Scientific memoirs by medical officers of the Army of India - Part IX,
Year: 1895
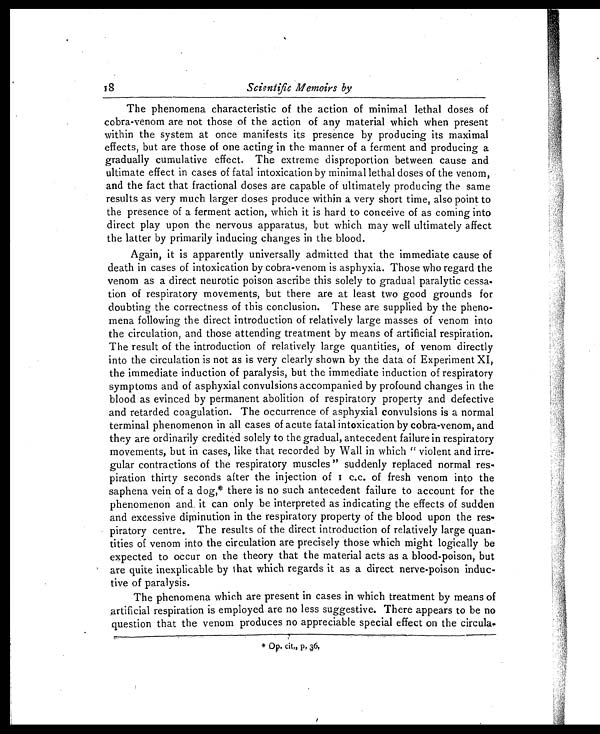
Scientific Memoirs by
The phenomena characteristic of the action of minimal lethal doses of
cobra-venom are not those of the action of any material which when present
within the system at once manifests its presence by producing its maximal
effects, but are those of one acting in the manner of a ferment and producing a
gradually cumulative effect. The extreme disproportion between cause and
ultimate effect in cases of fatal intoxication by minimal lethal doses of the venom,
and the fact that fractional doses are capable of ultimately producing the same
results as very much larger doses produce within a very short time, also point to
the presence of a ferment action, which it is hard to conceive of as coming into
direct play upon the nervous apparatus, but which may well ultimately affect
the latter by primarily inducing changes in the blood.
Again, it is apparently universally admitted that the immediate cause of
death in cases of intoxication by cobra-venom is asphyxia. Those who regard the
venom as a direct neurotic poison ascribe this solely to gradual paralytic cessa
-tion of respiratory movements, but there are at least two good grounds for
doubting the correctness of this conclusion. These are supplied by the pheno
-mena following the direct introduction of relatively large masses of venom into
the circulation, and those attending treatment by means of artificial respiration.
The result of the introduction of relatively large quantities, of venom directly
into the circulation is not as is very clearly shown by the data of Experiment XI,
the immediate induction of paralysis, but the immediate induction of respiratory
symptoms and of asphyxial convulsions accompanied by profound changes in the
blood as evinced by permanent abolition of respiratory property and defective
and retarded coagulation. The occurrence of asphyxial convulsions is a normal
terminal phenomenon in all cases of acute fatal intoxication by cobra-venom, and
they are ordinarily credited solely to the gradual, antecedent failure in respiratory
movements, but in cases, like that recorded by Wall in which " violent and irre
-gular contractions of the respiratory muscles " suddenly replaced normal res
-piration thirty seconds after the injection of 1 c.c. of fresh venom into the
saphena vein of a dog,
*
there is no such antecedent failure to account for the
phenomenon and. it can only be interpreted as indicating the effects of sudden
and excessive diminution in the respiratory property of the blood upon the res
-piratory centre. The results of the direct introduction of relatively large quan
-tities of venom into the circulation are precisely those which might logically be
expected to occur on the theory that the material acts as a blood-poison, but
are quite inexplicable by that which regards it as a direct nerve-poison induc
-tive of paralysis.
The phenomena which are present in cases in which treatment by means of
artificial respiration is employed are no less suggestive. There appears to be no
question that the venom produces no appreciable special effect on the circula-
* Op. cit., p.36.